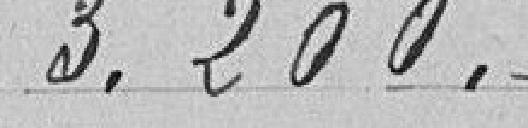
3.200.